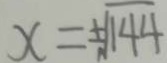
x = \pm \sqrt { 1 4 4 }